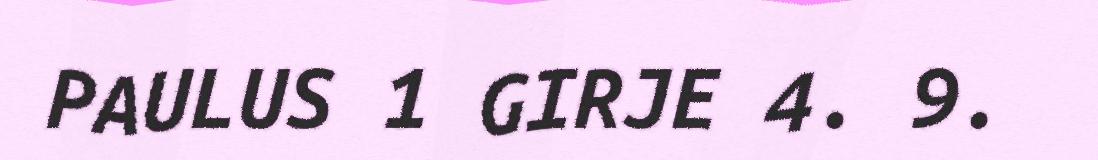
PAULUS 1 GIRJE 4. 9.